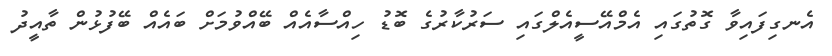
އެނގިފައިވާ ގޮތުގައި އެމްއޭސީއެލްގައި ސަރުކާރުގެ ބޮޑު ހިއްސާއެއް ބޭއްވުމަށް ބައެއް ބޭފުޅުން ތާއީދު